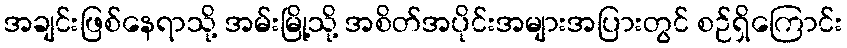
အချင်းဖြစ်နေရာသို့ အမ်းမြို့သို့ အစိတ်အပိုင်းအများအပြားတွင် စဉ်ရှိကြောင်း